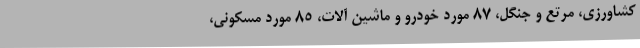
کشاورزی، مرتع و جنگل، 87 مورد خودرو و ماشین آلات، 85 مورد مسکونی،